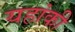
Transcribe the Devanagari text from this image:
यहांकी